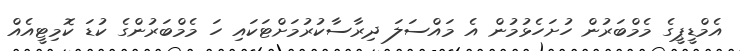
އެމްޑީޕީގެ މެމްބަރުން ހުށަހެޅުމުން އެ މައްސަލަ ދިރާސާކުރުމަށްޓަކައި ހަ މެމްބަރުންގެ ކުޑަ ކޮމިޓީއެއް